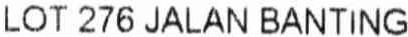
LOT 276 JALAN BANTING